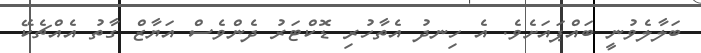
ބަލާލެވުނީ ބައްޕައަށެވެ. އެ ހިނދު އެތާހުރި ޑޮކްޓަރު ދެންވެސް އަޔާޒް ގާތު އެއްޗެކޭ